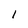
Character: 1